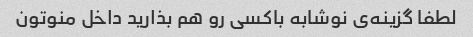
لطفا گزینه‌ی نوشابه باکسی رو هم بذارید داخل منوتون